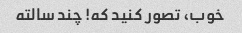
خوب، تصور کنید که! چند سالته